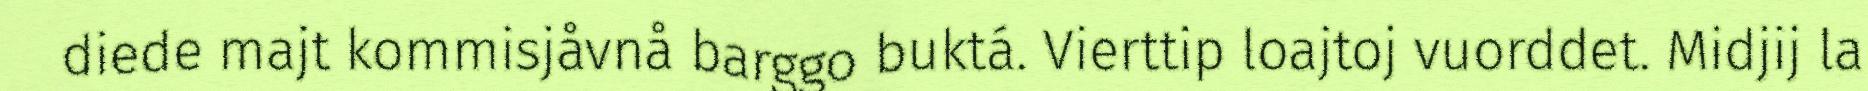
diede majt kommisjåvnå barggo buktá. Vierttip loajtoj vuorddet. Midjij la